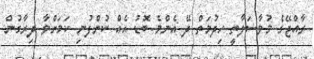
ރާއްޖޭގެ މުވާސަލާތީ ހިދުމަތް ދޭ އެންމެ ބޮޑު އެއް ކުންފުނި ކަމަށްވާ ދިރާގުން